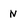
Character: N